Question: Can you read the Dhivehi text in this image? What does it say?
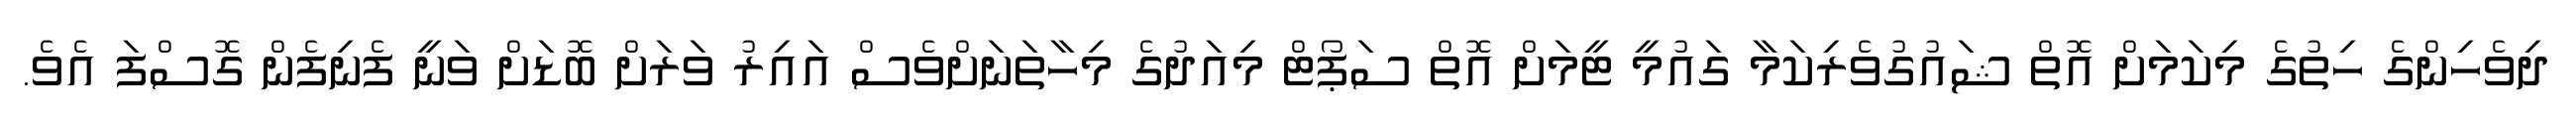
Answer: ދިވެހިންގެ ހިތުގެ މިކަމަށް އޮތް ޝައުގުވެރިކަމާ ގައުމީ ޓީމަށް އޮތް ސަޕޯޓް މިއަދުގެ މިހާތަނަށްވެސް އައިރު ވަރަށް ބޮޑަށް ވަނީ ފެނިފެން ގޮސްފަ އެވެ.